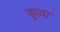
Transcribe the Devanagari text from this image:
ड्रावा